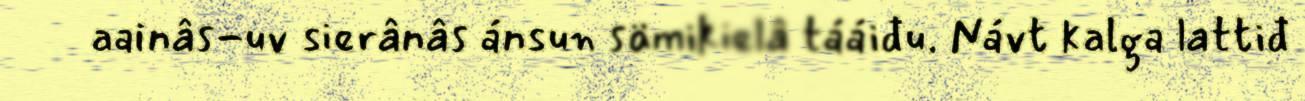
aainâs-uv sierânâs ánsun sämikielâ tááiđu. Návt kalga lattiđ